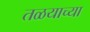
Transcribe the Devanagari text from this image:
तळयाच्या